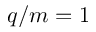
q / m = 1